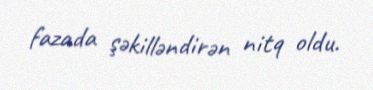
fazada şəkilləndirən nitq oldu.